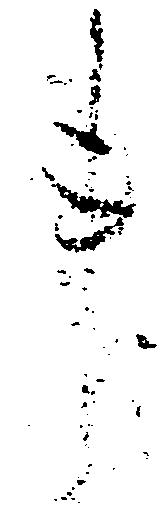
事